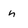
Character: n